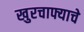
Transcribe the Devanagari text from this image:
खुरचाफ्याचे